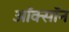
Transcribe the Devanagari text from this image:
ऑक्सॉन